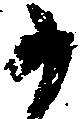
か